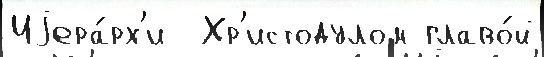
Иjера́рх'и  Хр'истодулом главо́й